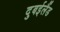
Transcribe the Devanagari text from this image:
दुबईलैंड